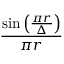
\frac { \sin \left( \frac { \pi r } { \Delta } \right) } { \pi r }